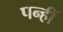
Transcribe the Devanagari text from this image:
पन्हीं